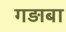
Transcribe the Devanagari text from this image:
गड़ाबा